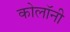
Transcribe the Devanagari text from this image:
कोलॉनी